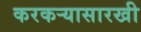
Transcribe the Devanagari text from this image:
करकऱ्यासारखी